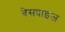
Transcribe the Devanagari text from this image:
बेसप्राइज